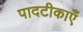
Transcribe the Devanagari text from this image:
पादटीकाएँ